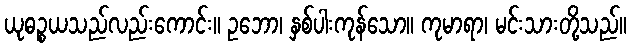
ယုဓဉ္စယသည်လည်းကောင်း။ ဥဘော၊ နှစ်ပါးကုန်သော။ ကုမာရာ၊ မင်းသားတို့သည်။